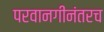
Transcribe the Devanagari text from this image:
परवानगीनंतरच